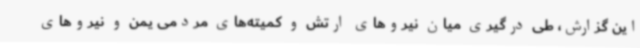
این گزارش، طی درگیری میان نیروهای ارتش و کمیته‌های مردمی یمن و نیروهای